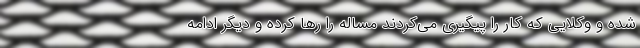
شده و وکلایی که کار را پیگیری می‌کردند مساله را رها کرده و دیگر ادامه